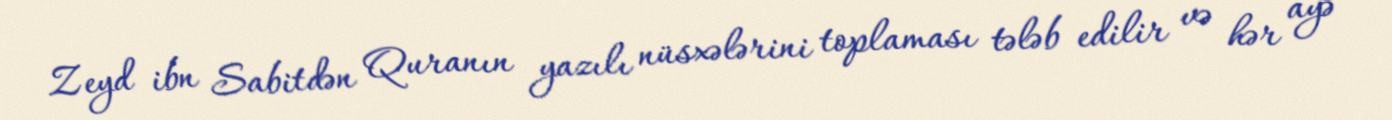
Zeyd ibn Sabitdən Quranın yazılı nüsxələrini toplaması tələb edilir və hər ayə